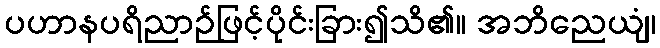
ပဟာနပရိညာဉ်ဖြင့်ပိုင်းခြား၍သိ၏။ အဘိညေယျံ၊